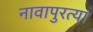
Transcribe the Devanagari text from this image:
नावापुरत्या